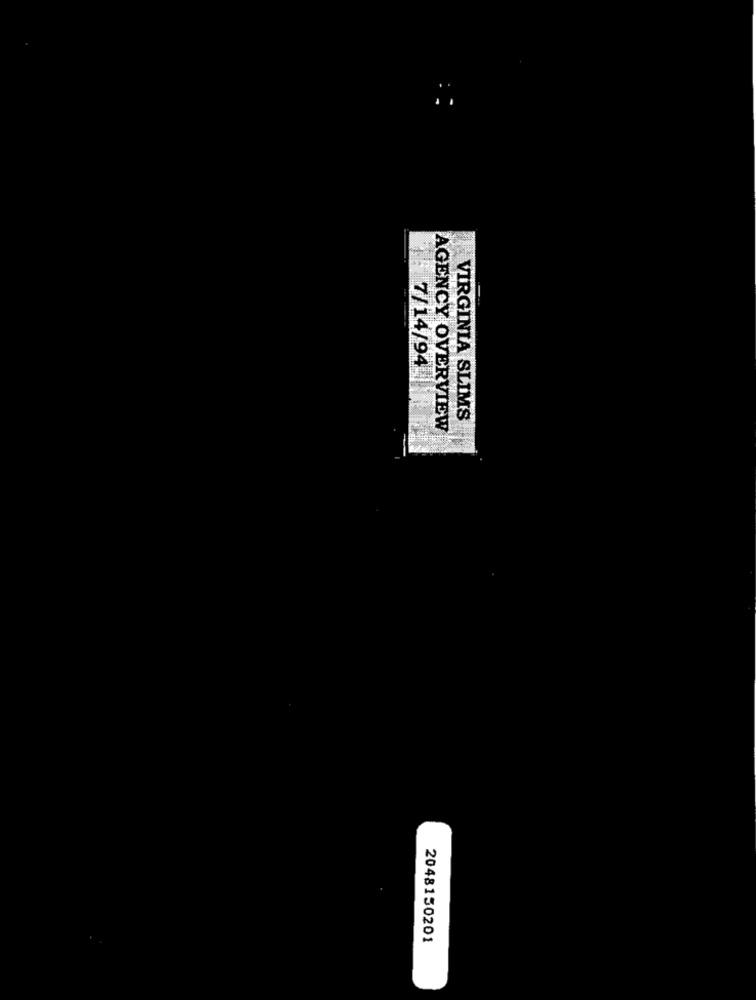
7/14/94
VIRGINIA SLIMS
AGENCY OVERVIEW
2048150201